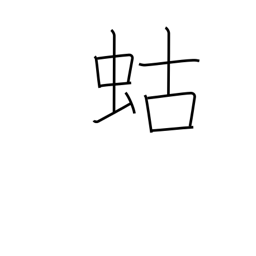
Meaning: mole cricket